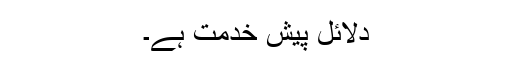
دلائل پیش خدمت ہے۔